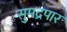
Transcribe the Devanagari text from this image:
सुमद्रपार